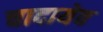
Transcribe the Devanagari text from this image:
चादायेव